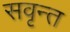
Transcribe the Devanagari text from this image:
सवृन्त